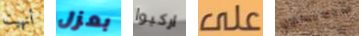
أنهيت بعزل اركبوا على سيمبسون